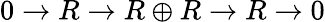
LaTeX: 0\to R\to R\oplus R\to R\to 0